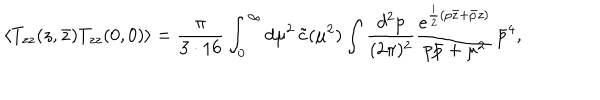
\langle T _ { z z } ( z , \bar { z } ) T _ { z z } ( 0 , 0 ) \rangle = \frac { \pi } { 3 \cdot 1 6 } \int _ { 0 } ^ { \infty } d \mu ^ { 2 } \, \tilde { c } ( \mu ^ { 2 } ) \int \frac { d ^ { 2 } p } { ( 2 \pi ) ^ { 2 } } \frac { e ^ { \frac { i } { 2 } ( p \bar { z } + \bar { p } z ) } } { p \bar { p } + \mu ^ { 2 } } \, \bar { p } ^ { 4 } ,